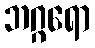
ဘဂ္ဂရော